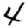
Digit: 4